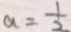
a = \frac { 1 } { 2 }